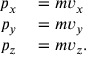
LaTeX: \begin{array} { r l } { p _ { x } } & { { } = m v _ { x } } \\ { p _ { y } } & { { } = m v _ { y } } \\ { p _ { z } } & { { } = m v _ { z } . } \end{array}